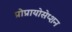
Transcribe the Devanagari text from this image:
प्रोप्रायोसेप्शन